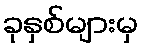
ခုနှစ်များမှ